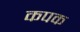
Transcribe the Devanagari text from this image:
कपक